画像に写った文字を読んでください
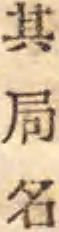
「其局名」と書いてあります